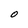
Character: O